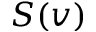
S ( v )